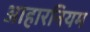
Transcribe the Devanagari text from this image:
आहारनियम